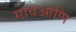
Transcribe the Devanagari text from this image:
गावआणि